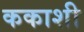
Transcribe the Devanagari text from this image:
ककाशी